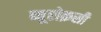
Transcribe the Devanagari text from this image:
ब्यूरोक्रसी